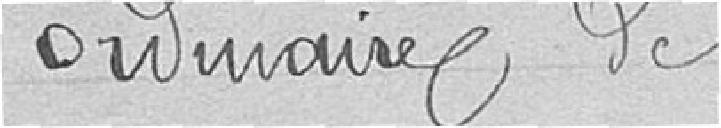
ordinaire de